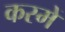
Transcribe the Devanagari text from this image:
कस्में